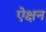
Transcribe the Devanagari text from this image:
ऐक्षन